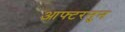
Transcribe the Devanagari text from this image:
आफ्टरनुन